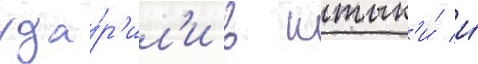
уда́р'ил'и в штык'и́ и́